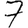
Digit: 7